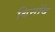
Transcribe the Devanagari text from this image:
बिनॉय